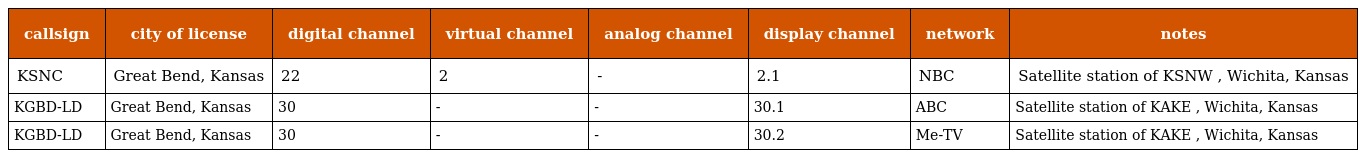
| callsign | city of license | digital channel | virtual channel | analog channel | display channel | network | notes |
 | --- | --- | --- | --- | --- | --- | --- | --- |
 | KSNC | Great Bend, Kansas | 22 | 2 | - | 2.1 | NBC | Satellite station of KSNW , Wichita, Kansas |
 | KGBD-LD | Great Bend, Kansas | 30 | - | - | 30.1 | ABC | Satellite station of KAKE , Wichita, Kansas |
 | KGBD-LD | Great Bend, Kansas | 30 | - | - | 30.2 | Me-TV | Satellite station of KAKE , Wichita, Kansas |